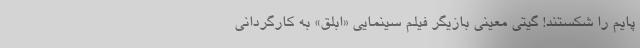
پایم را شکستند! گیتی معینی بازیگر فیلم سینمایی «ابلق» به کارگردانی